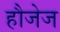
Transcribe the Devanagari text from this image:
हौजेज